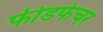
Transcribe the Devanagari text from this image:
फीडफेचर